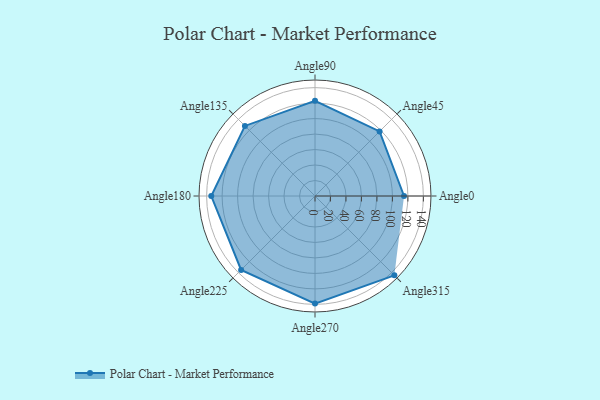
{"axis": {"x": "Angle", "y": "Radius"}, "legend": [""], "data": [{"x": "Angle0", "y": 115.0, "type": ""}, {"x": "Angle45", "y": 118.0, "type": ""}, {"x": "Angle90", "y": 123.0, "type": ""}, {"x": "Angle135", "y": 128.0, "type": ""}, {"x": "Angle180", "y": 134.0, "type": ""}, {"x": "Angle225", "y": 135.0, "type": ""}, {"x": "Angle270", "y": 139.0, "type": ""}, {"x": "Angle315", "y": 145.0, "type": ""}]}